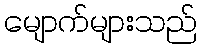
မျောက်များသည်